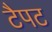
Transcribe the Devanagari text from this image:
टैपट